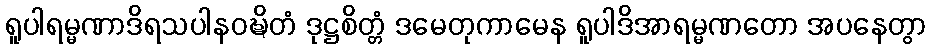
ရူပါရမ္မဏာဒိရသပါနဝဍ္ဎိတံ ဒုဋ္ဌစိတ္တံ ဒမေတုကာမေန ရူပါဒိအာရမ္မဏတော အပနေတွာ